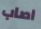
اصاب